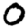
Digit: 0